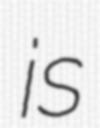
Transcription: is